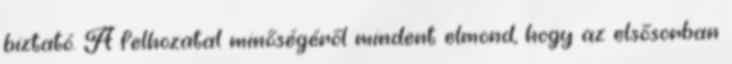
biztató. A felhozatal minőségéről mindent elmond, hogy az elsősorban